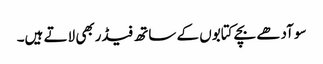
سو آدھے بچے کتابوں کے ساتھ فیڈربھی لاتے ہیں۔